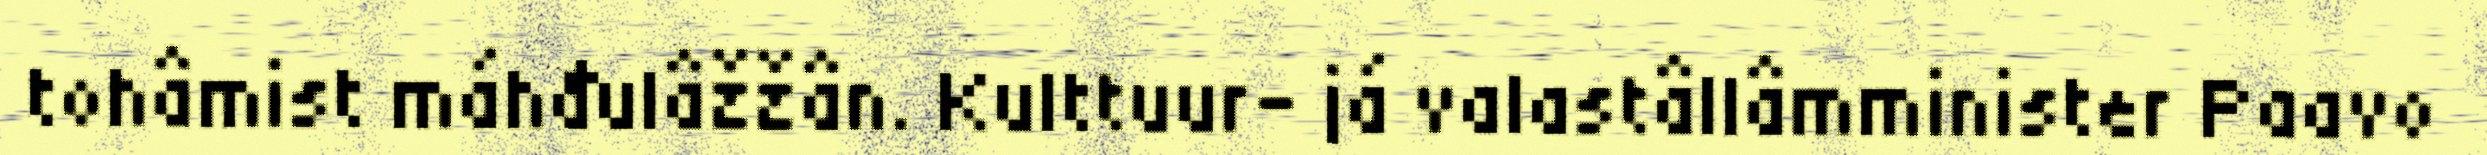
tohâmist máhđulâžžân. Kulttuur- já valastâllâmminister Paavo